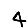
Digit: 4